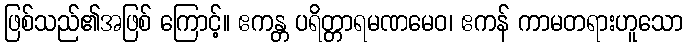
ဖြစ်သည်၏အဖြစ် ကြောင့်။ ဧကန္တ ပရိတ္တာရမဏမေဝ၊ ဧကန် ကာမတရားဟူသော